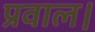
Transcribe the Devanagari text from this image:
प्रवाल।